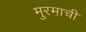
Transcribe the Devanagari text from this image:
मुरमाची